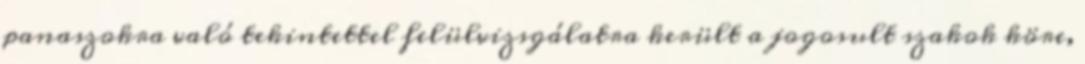
panaszokra való tekintettel felülvizsgálatra került a jogosult szakok köre,